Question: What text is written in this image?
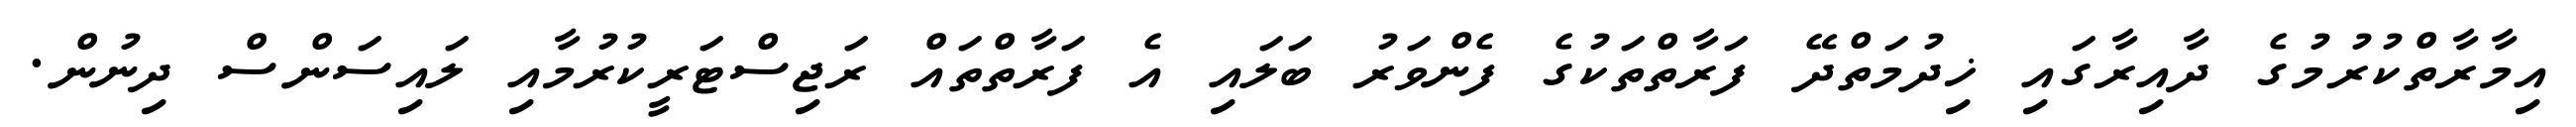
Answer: އިމާރާތްކުރުމުގެ ދާއިރާގައި ޚިދުމަތްދޭ ފަރާތްތަކުގެ ފެންވަރު ބަލައި އެ ފަރާތްތައް ރަޖިސްޓަރީކުރުމާއި ލައިސަންސް ދިނުން.